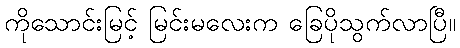
ကိုသောင်းမြင့် မြင်းမလေးက ခြေပိုသွက်လာပြီ။